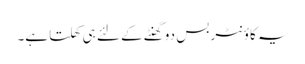
یہ کاؤنٹر بس دو گھنٹے کے لئے ہی کھلتا ہے۔